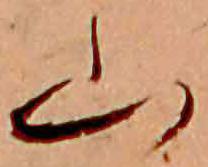
山